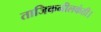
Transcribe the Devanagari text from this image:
ताजिकनीलकंठी।